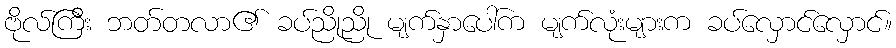
ဗိုလ်ကြီး ဘတ်တလာ၏ ခပ်ညိုညို မျက်နှာပေါ်က မျက်လုံးများက ခပ်လှောင်လှောင်။